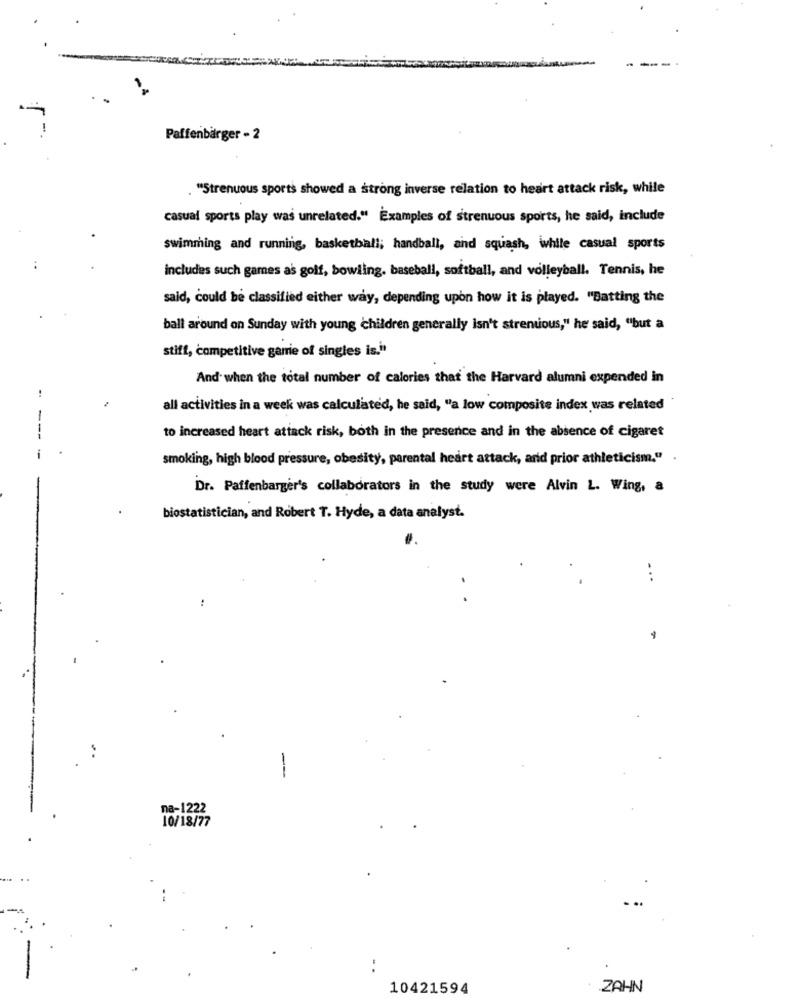
Paffenbarger - 2
. "Strenuous sports showed a strong inverse relation to heart attack risk, while
casual sports play was unrelated." Examples of strenuous sports, he said, include
swimming and running, basketball; handball, and squash, iwhile casual sports
includes such games as golf, bowling, baseball, softball, and volleyball. Tennis, he
said, could be classified either way, depending upon how it is played. "Batting the
ball around on Sunday with young children generally isn't strenuous," he said, "but a
stift, competitive garrie of singles is."
And when the total number of calories that the Harvard alumni expended in
..
all activities in a week was calculated, he said, "a low composite index was related
-
to increased heart attack risk, both in the presence and in the absence of cigaret
smoking, high blood pressure, obesity, parental heart attack, and prior athleticism." .
Dr. Paffenbarger's collaborators in the study were Alvin L. Wing, a
biostatistician, and Robert T. Hyde, a data analyst.
...
-
na-1222
10/18/77
10421594
ZAHN